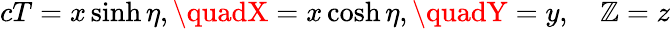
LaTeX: cT=x\sinh\eta,\quadX=x\cosh\eta,\quadY=y,\quad\mathbb{Z}=z